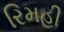
રિમહી